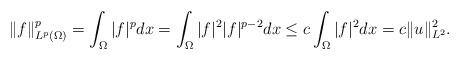
LaTeX: \begin{align*}& \|f\|_{L^p(\Omega) }^p = \int_{\Omega} |f|^{ p} dx=\int_{\Omega} |f|^2 |f|^{ p-2} dx\leq c \int_{\Omega} |f|^2 dx = c \| u \|_{L^2}^2. \end{align*}